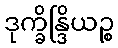
ဒုက္ခိန္ဒြိယဉ္စ